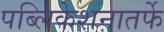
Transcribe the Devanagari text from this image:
पब्लिकेशनातर्फे